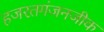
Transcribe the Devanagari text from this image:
हजरतगंजनजीक